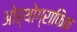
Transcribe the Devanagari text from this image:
ओर्थोग्राफिक